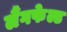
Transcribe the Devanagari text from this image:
लैंगफेल्ड